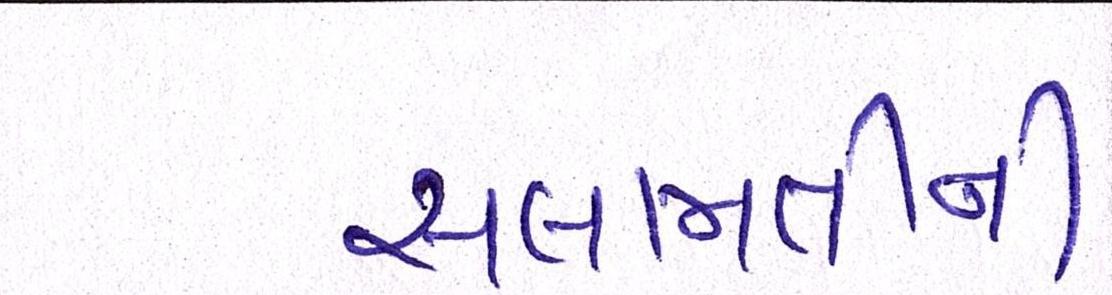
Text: સલામતીની